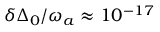
\delta \Delta _ { 0 } / \omega _ { a } \approx 1 0 ^ { - 1 7 }